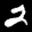
Label: 2